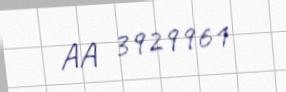
AA 3929961